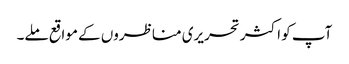
آپ کو اکثر تحریری مناظروں کے مواقع ملے۔